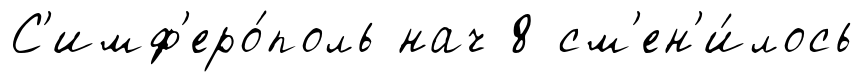
С'имф'еро́поль нач 8 см'ен'и́лось